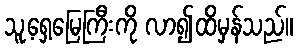
သူ့ရှေ့မြေကြီးကို လာ၍ထိမှန်သည်။